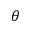
\theta